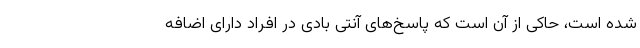
شده است، حاکی از آن است که پاسخ‌های آنتی بادی در افراد دارای اضافه